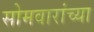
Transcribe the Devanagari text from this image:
सोमवारांच्या